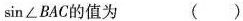
\sin \angle BAC的值为 ()